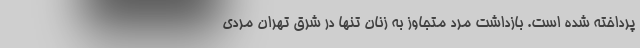
پرداخته شده است. بازداشت مرد متجاوز به زنان تنها در شرق تهران مردی